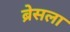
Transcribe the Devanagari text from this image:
ब्रेसला